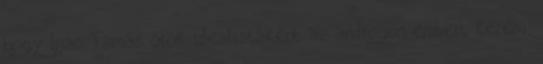
hogy Ijjas Tamás örök idealistaként az androgün embert keresi,